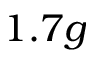
1 . 7 g